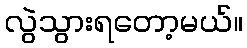
လွဲသွားရတော့မယ်။